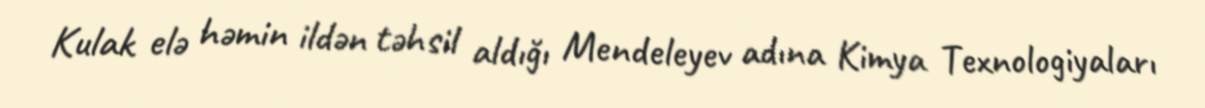
Kulak elə həmin ildən təhsil aldığı Mendeleyev adına Kimya Texnologiyaları